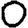
Digit: 0